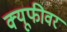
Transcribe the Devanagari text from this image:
क्यूफीवर